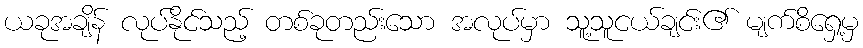
ယခုအချိန် လုပ်နိုင်သည့် တစ်ခုတည်းသော အလုပ်မှာ သူ့သူငယ်ချင်း၏ မျက်စိရှေ့မှ